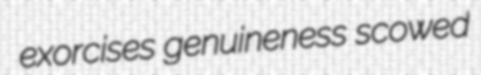
exorcises genuineness scowed